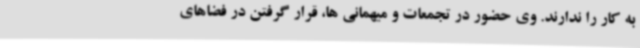
به کار را ندارند. وی حضور در تجمعات و میهمانی ها، قرار گرفتن در فضاهای